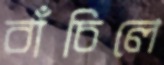
বাঁচিলে